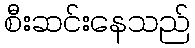
စီးဆင်းနေသည်